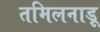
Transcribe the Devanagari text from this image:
तमिलनाड़ू